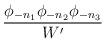
LaTeX: \begin{align*}{ \phi_{-n_1}\phi_{-n_2}\phi_{-n_3}\over W'}\end{align*}